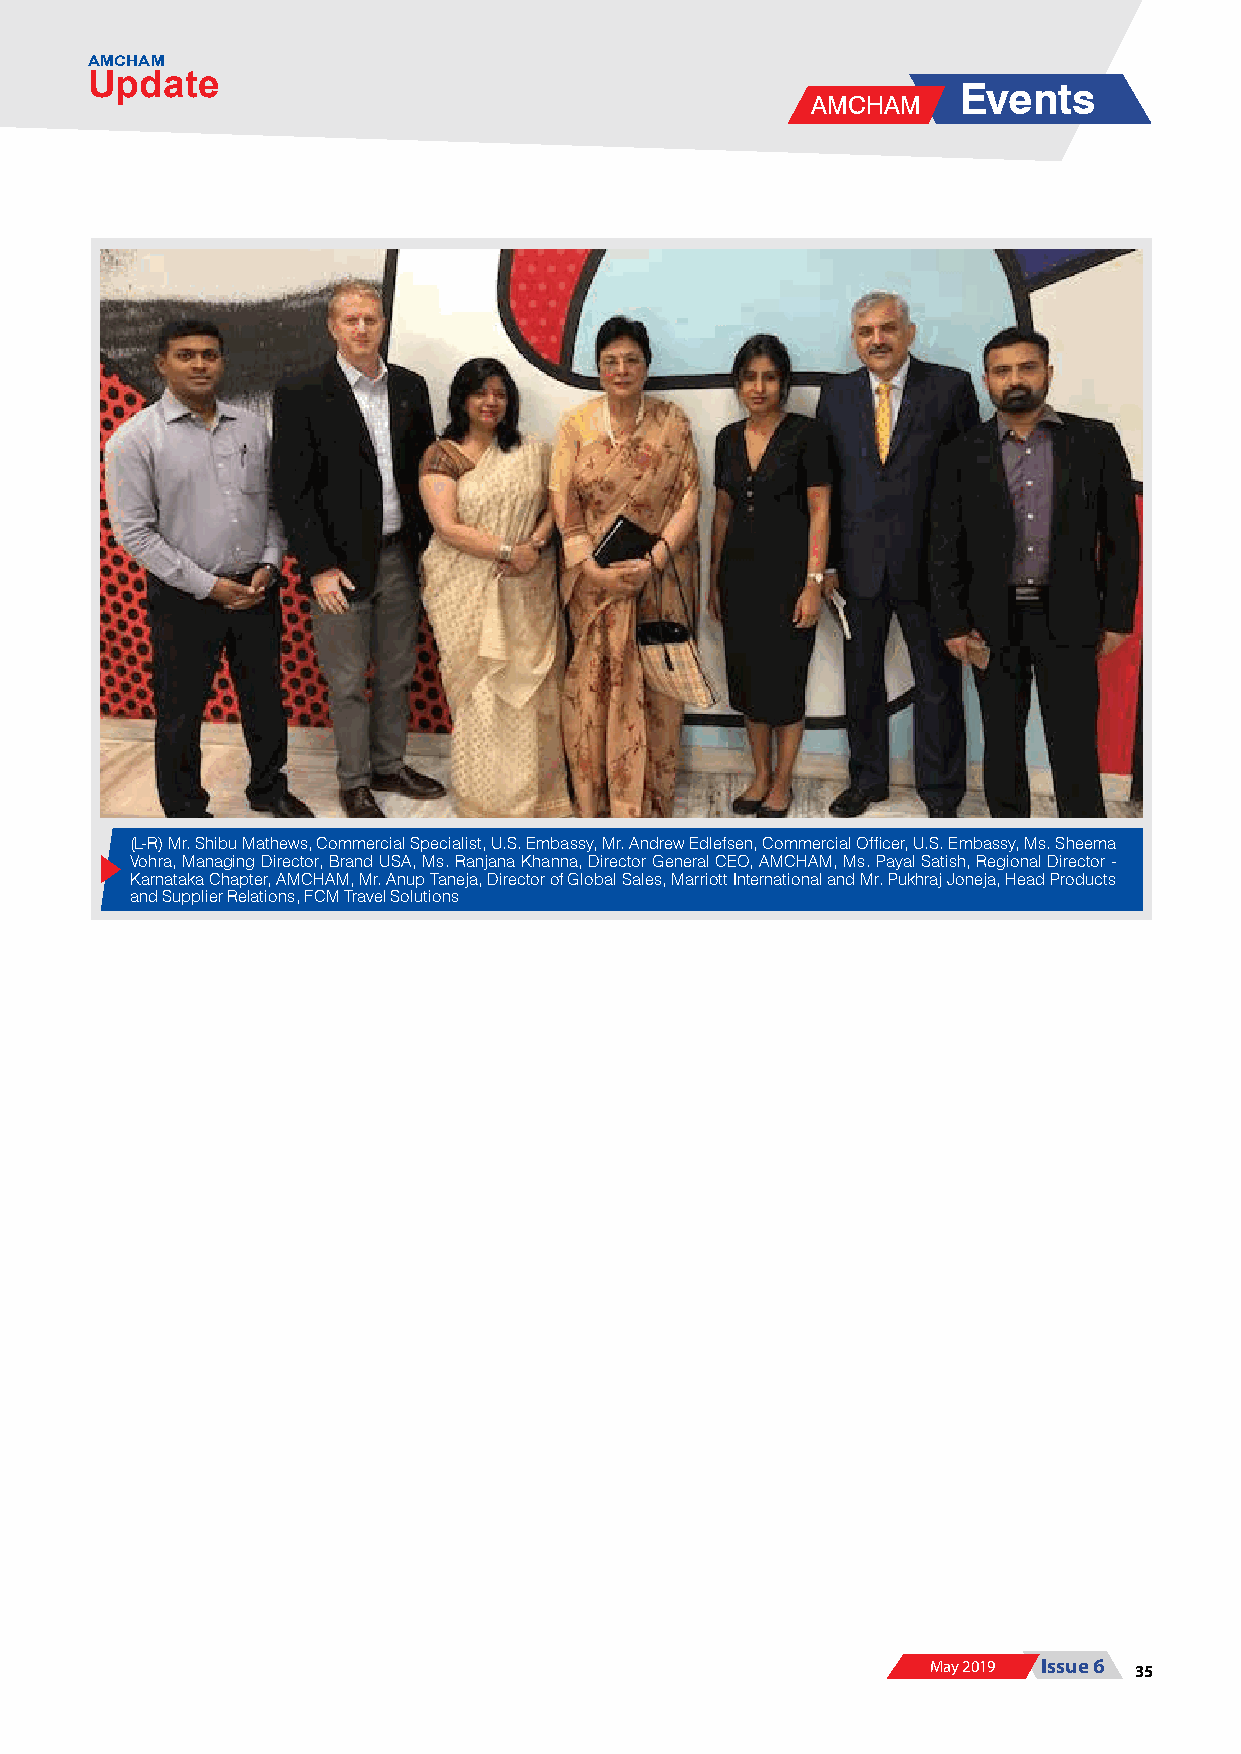
AMCHAM
 Update
 Events
 AMCHAM
 (L-R) Mr. Shibu Mathews, Commercial Specialist, U.S. Embassy, Mr. Andrew Edlefsen, Commercial Officer, U.S. Embassy, Ms. Sheema
 Vohra, Managing Director, Brand USA, Ms. Ranjana Khanna, Director General CEO, AMCHAM, Ms. Payal Satish, Regional Director -
 Karnataka Chapter, AMCHAM, Mr. Anup Taneja, Director of Global Sales, Marriott International and Mr. Pukhraj Joneja, Head Products
 and Supplier Relations, FCM Travel Solutions
 May 2019 Issue 6 35